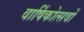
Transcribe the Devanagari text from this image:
वार्षिकोत्सवों